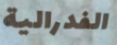
الفدرالية